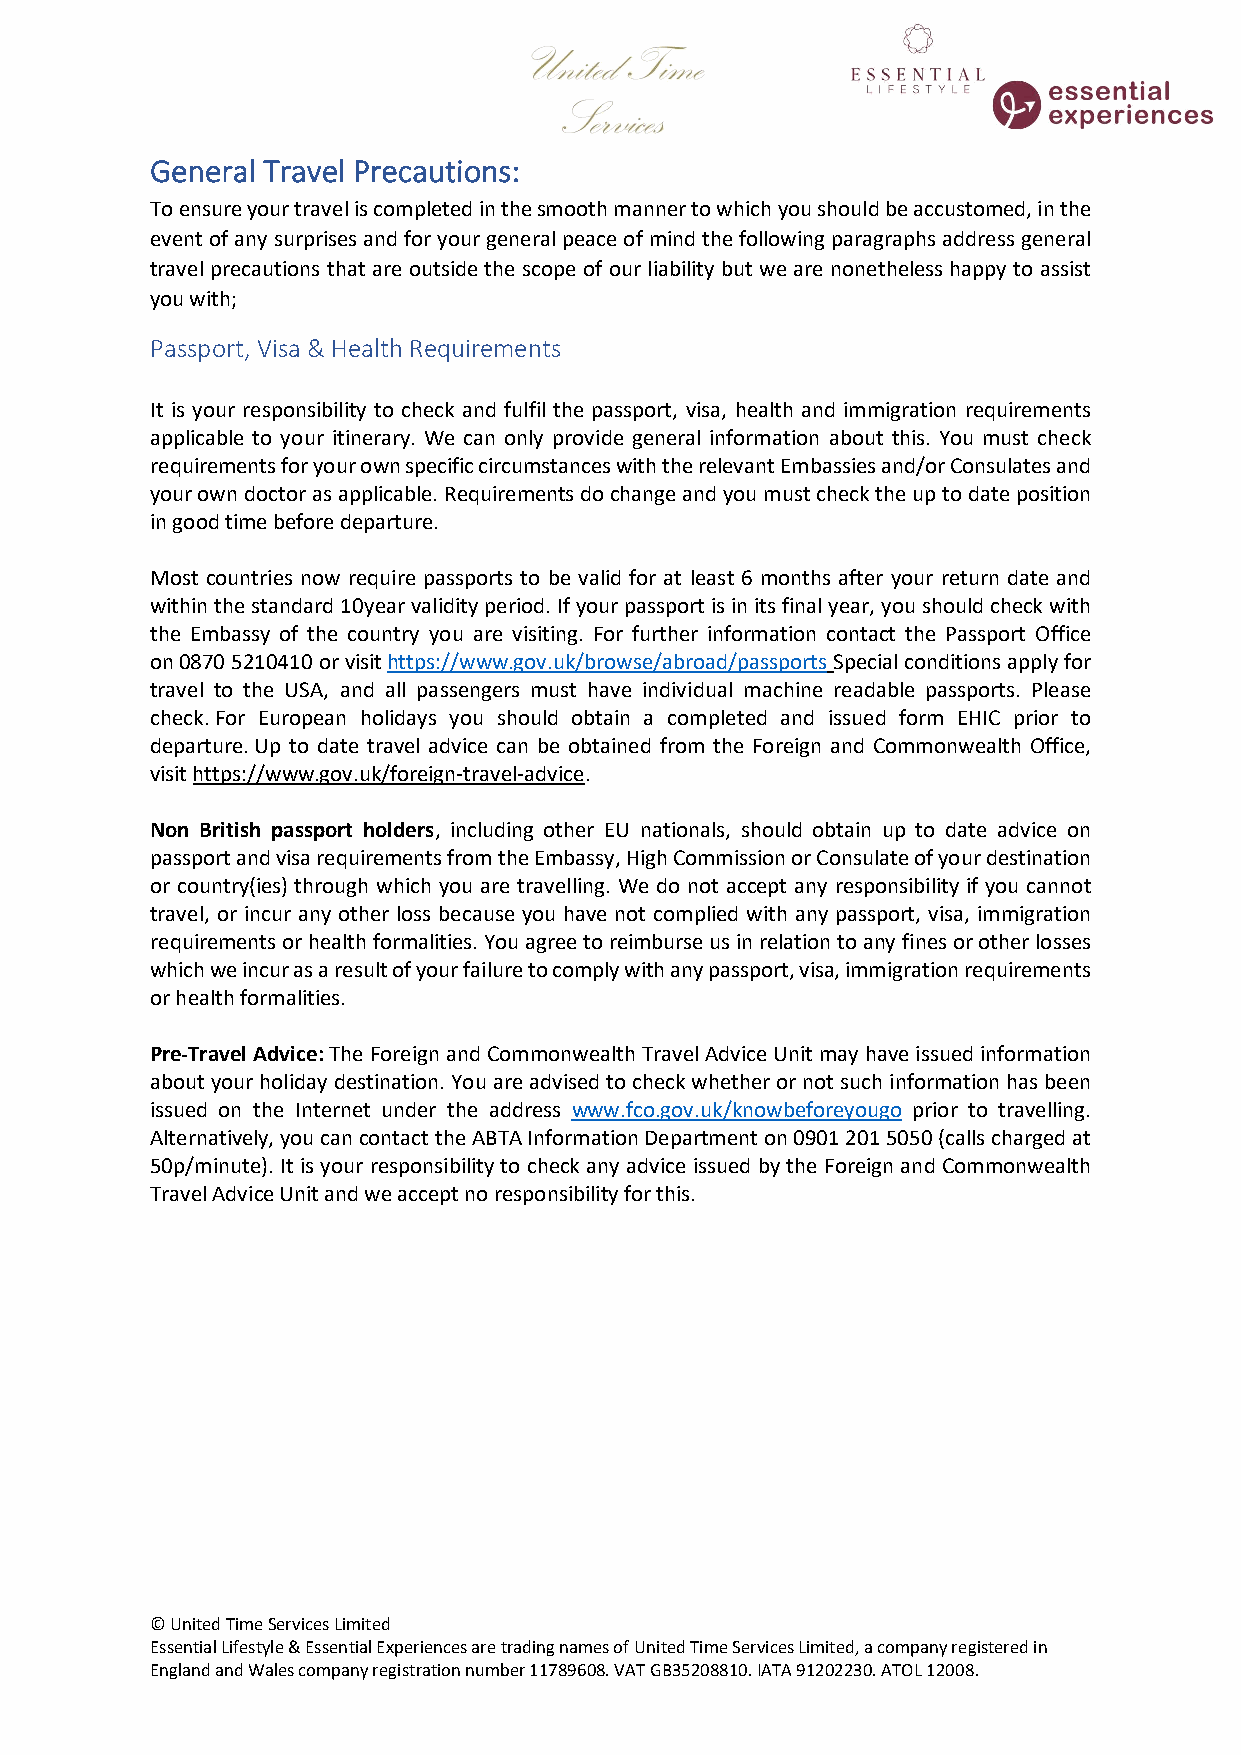
General Travel Precautions:
 To ensure your travel is completed in the smooth manner to which you should be accustomed, in the
 event of any surprises and for your general peace of mind the following paragraphs address general
 travel precautions that are outside the scope of our liability but we are nonetheless happy to assist
 you with;
 Passport, Visa & Health Requirements
 It is your responsibility to check and fulfil the passport, visa, health and immigration requirements
 applicable to your itinerary. We can only provide general information about this. You must check
 requirements for your own specific circumstances with the relevant Embassies and/or Consulates and
 your own doctor as applicable. Requirements do change and you must check the up to date position
 in good time before departure.
 Most countries now require passports to be valid for at least 6 months after your return date and
 within the standard 10year validity period. If your passport is in its final year, you should check with
 the Embassy of the country you are visiting. For further information contact the Passport Office
 on 0870 5210410 or visit https://www.gov.uk/browse/abroad/passports Special conditions apply for
 travel to the USA, and all passengers must have individual machine readable passports. Please
 check. For European holidays you should obtain a completed and issued form EHIC prior to
 departure. Up to date travel advice can be obtained from the Foreign and Commonwealth Office,
 visit https://www.gov.uk/foreign-travel-advice.
 Non British passport holders, including other EU nationals, should obtain up to date advice on
 passport and visa requirements from the Embassy, High Commission or Consulate of your destination
 or country(ies) through which you are travelling. We do not accept any responsibility if you cannot
 travel, or incur any other loss because you have not complied with any passport, visa, immigration
 requirements or health formalities. You agree to reimburse us in relation to any fines or other losses
 which we incur as a result of your failure to comply with any passport, visa, immigration requirements
 or health formalities.
 Pre-Travel Advice: The Foreign and Commonwealth Travel Advice Unit may have issued information
 about your holiday destination. You are advised to check whether or not such information has been
 issued on the Internet under the address www.fco.gov.uk/knowbeforeyougo prior to travelling.
 Alternatively, you can contact the ABTA Information Department on 0901 201 5050 (calls charged at
 50p/minute). It is your responsibility to check any advice issued by the Foreign and Commonwealth
 Travel Advice Unit and we accept no responsibility for this.
 © United Time Services Limited
 Essential Lifestyle & Essential Experiences are trading names of United Time Services Limited, a company registered in
 England and Wales company registration number 11789608. VAT GB35208810. IATA 91202230. ATOL 12008.